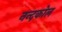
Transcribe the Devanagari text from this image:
नन्दकोल